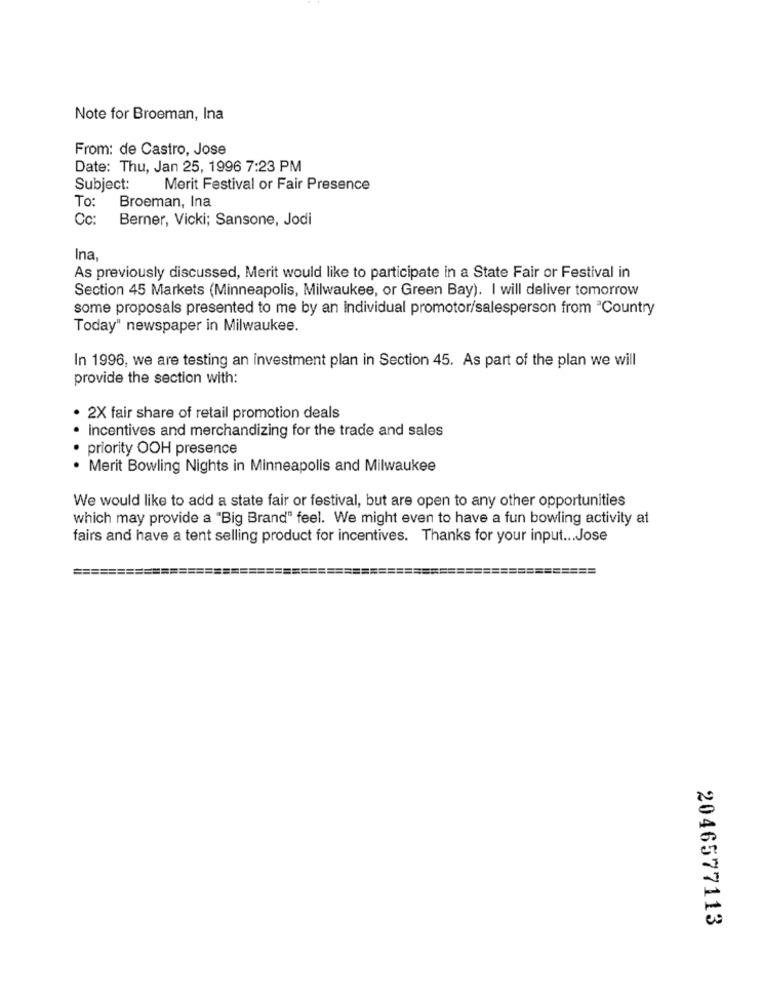
Note for Broeman, Ina
From: de Castro, Jose
Date: Thu, Jan 25, 1996 7:23 PM
Subject:
Merit Festival or Fair Presence
To:
Broeman, Ina
Cc:
Berner, Vicki; Sansone, Jodi
Ina
As previously discussed, Merit would like to participate in a State Fair or Festival in
Section 45 Markets (Minneapolis, Milwaukee, or Green Bay). I will deliver tomorrow
some proposals presented to me by an individual promotor/salesperson from "Country
Today" newspaper in Milwaukee.
In 1996, we are testing an investment plan in Section 45. As part of the plan we will
provide the section with:
2X fair share of retail promotion deals
incentives and merchandizing for the trade and sales
priority OOH presence
. Merit Bowling Nights in Minneapolis and Milwaukee
We would like to add a state fair or festival, but are open to any other opportunities
which may provide a "Big Brand" feel. We might even to have a fun bowling activity at
fairs and have a tent selling product for incentives. Thanks for your input ... Jose
===
2046577113